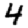
Digit: 4